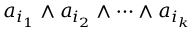
a _ { i _ { 1 } } \wedge a _ { i _ { 2 } } \wedge \cdots \wedge a _ { i _ { k } }